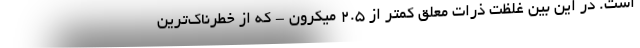
است. در این بین غلظت ذرات معلق کمتر از ۲.۵ میکرون - که از خطرناک‌ترین